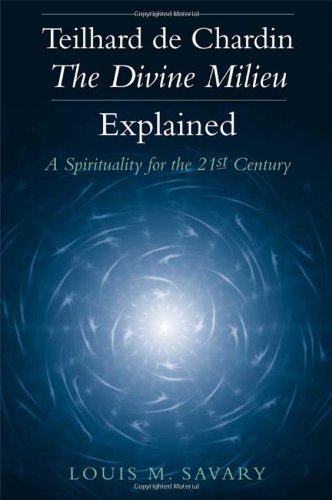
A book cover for Teilhard de Chardin - The Divine Milieu Explained: A Spirituality for the 21st Century; Louis M. Savary; Christian Books & Bibles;